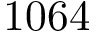
1 0 6 4